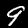
Digit: 9